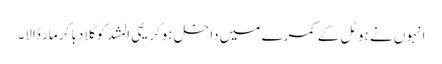
انہوں نے ہوٹل کے کمرے میں داخل ہوکر یحی المشد کو گلا دبا کر مار ڈالا۔